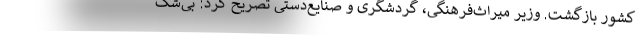
کشور بازگشت. وزیر میراث‌فرهنگی، گردشگری و صنایع‌دستی تصریح کرد: بی‌شک